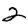
Digit: 2